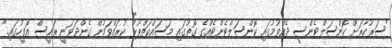
"ސަރުކާރަށް ކޮންސަލްޓެންސީ ދެއްވުމުގައި ކޮންސަލްޓެންޓެއްގެ ގޮތުގައި މަސައްކަތްޕުޅު ކުރައްވަމުން ގެންދަވަނީ ރައީސް އޮފީހުގައި."